system: You are a helpful assistant.
user:
Analyze the provided spectrum to determine if it is a **"Cataclysmic Variables (CV)"**.

- **Key Indicators for CV (Check for either state):**
    - **State 1: Quiescent / Low-State (Emission-Dominated)**
        - **(Primary):** Strong and *very broad* Hydrogen Balmer emission lines (e.g., $H\alpha$ at 6563 Å, $H\beta$ at 4861 Å). The 'broadness' (high velocity dispersion, often FWHM > 1000 km/s) is the key diagnostic, indicating a high-velocity accretion disk.
        - **(Secondary):** Broad neutral Helium (He I) emission lines (e.g., 5876 Å, 6678 Å).
        - **(Key Confirmation):** Presence of high-excitation *ionized* Helium (He II) emission at 4686 Å. This is a strong indicator of accretion onto a white dwarf.
        - **(Line Profile):** Emission lines may exhibit a 'double-peaked' profile, which is a classic signature of a rotating accretion disk viewed at high inclination.

    - **State 2: Outburst / High-State (Absorption-Dominated)**
        - **(Primary):** Spectrum is dominated by a bright, blue continuum (looks like a hot star).
        - **(Secondary):** The emission lines from State 1 are weak, absent, or 'filled in', and are replaced by broad, shallow *absorption* lines (primarily Balmer and He I).
        - **(Morphology):** The overall spectrum mimics a hot B/A-type star. The crucial difference is that the absorption lines are significantly broader, shallower, and more 'washed-out' (or 'smeared') than the sharp lines of a normal stellar photosphere, due to high rotational speeds and pressure broadening in the disk.

Think first, call **spectral_visualization_tool** if needed to examine features in detail, then provide your final answer. Your response must adhere to the following strict rules:
1.  **Overall Structure:** Your response must follow the format `<think>...</think> <tool_call>...</tool_call> (if a tool is used) <answer>...</answer>`.
2.  **Tool Usage Constraint:** You may only make **one** tool call per turn.
3.  **Final Answer Format:** In the `<answer>` tag, your conclusion must be inside a `\boxed{}` command (e.g., `\boxed{YES}`), followed by your justification.

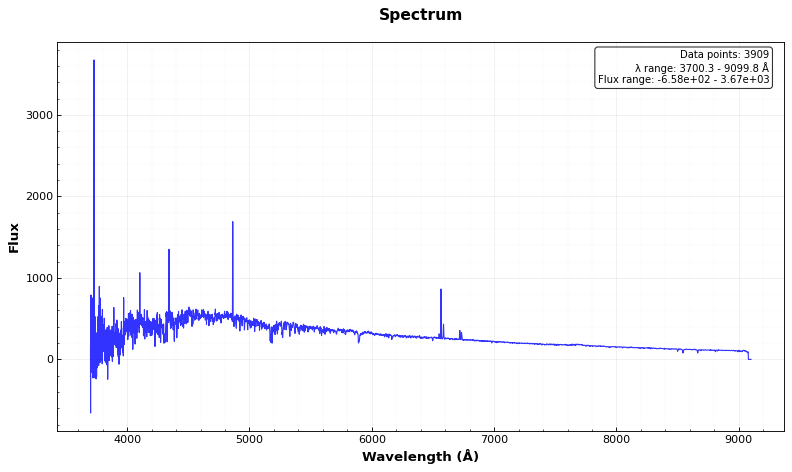
Answer: NO